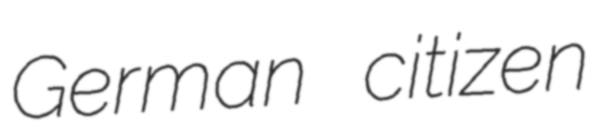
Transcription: German citizen